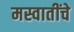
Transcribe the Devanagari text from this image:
मस्वातींचे